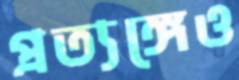
প্রত্যঙ্গেও